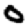
Digit: 0